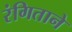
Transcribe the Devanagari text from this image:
रंगिताने